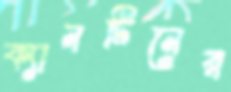
ক্যানটিনের